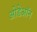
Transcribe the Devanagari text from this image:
ओडेऑन